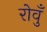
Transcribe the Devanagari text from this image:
रोवुँ